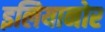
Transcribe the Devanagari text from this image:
इलियानोर